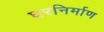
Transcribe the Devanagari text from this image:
घरनिर्माण